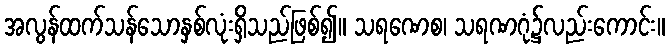
အလွန်ထက်သန်သောနှစ်လုံးရှိသည်ဖြစ်၍။ သရဏေစ၊ သရဏဂုံ၌လည်းကောင်း။